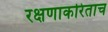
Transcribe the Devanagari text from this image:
रक्षणाकरिताच